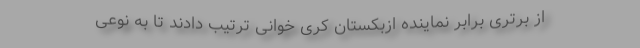
از برتری برابر نماینده ازبکستان کری خوانی ترتیب دادند تا به نوعی